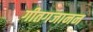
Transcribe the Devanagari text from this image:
गीतगजानन